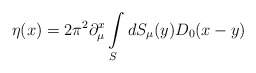
\begin{align*}\eta(x)=2\pi^2\partial_\mu^x\int\limits_{S}^{} dS_\mu(y)D_0(x-y)\end{align*}